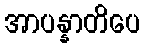
အာပန္နာတိပေ